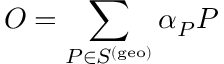
O = \sum _ { P \in S ^ { ( \mathrm { g e o } ) } } \alpha _ { P } P